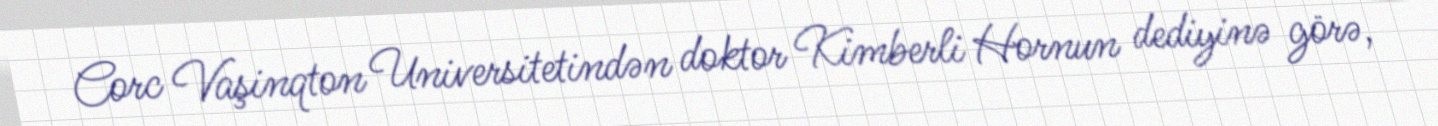
Corc Vaşinqton Universitetindən doktor Kimberli Hornun dediyinə görə,